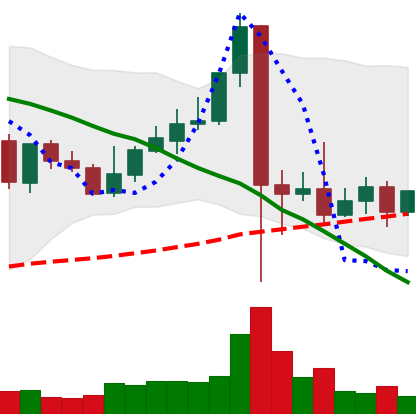
Ticker: XLM-USD
Chart end date: 2021-09-14
Forward return: -5.106%
Label: down_5_7